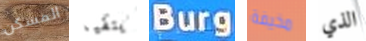
المسكن يتقيأ Burg مخيفة الذي